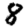
Digit: 8